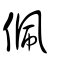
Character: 佩